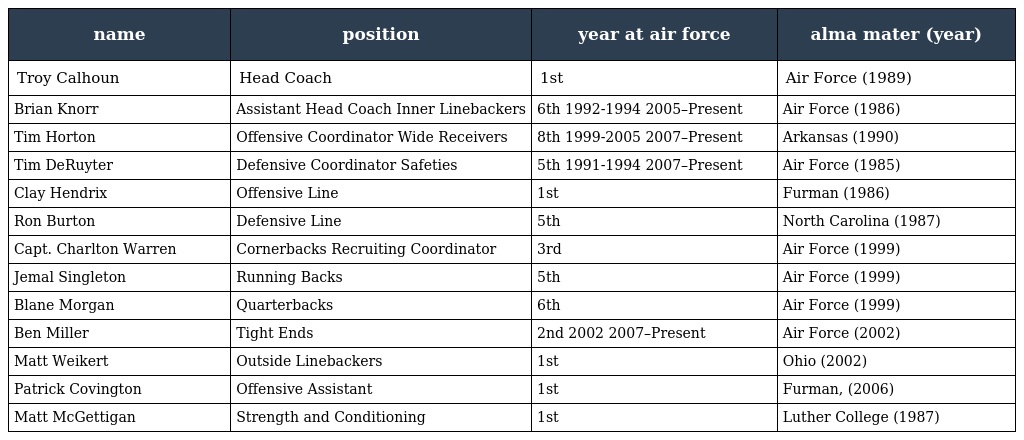
| name | position | year at air force | alma mater (year) |
 | --- | --- | --- | --- |
 | Troy Calhoun | Head Coach | 1st | Air Force (1989) |
 | Brian Knorr | Assistant Head Coach Inner Linebackers | 6th 1992-1994 2005–Present | Air Force (1986) |
 | Tim Horton | Offensive Coordinator Wide Receivers | 8th 1999-2005 2007–Present | Arkansas (1990) |
 | Tim DeRuyter | Defensive Coordinator Safeties | 5th 1991-1994 2007–Present | Air Force (1985) |
 | Clay Hendrix | Offensive Line | 1st | Furman (1986) |
 | Ron Burton | Defensive Line | 5th | North Carolina (1987) |
 | Capt. Charlton Warren | Cornerbacks Recruiting Coordinator | 3rd | Air Force (1999) |
 | Jemal Singleton | Running Backs | 5th | Air Force (1999) |
 | Blane Morgan | Quarterbacks | 6th | Air Force (1999) |
 | Ben Miller | Tight Ends | 2nd 2002 2007–Present | Air Force (2002) |
 | Matt Weikert | Outside Linebackers | 1st | Ohio (2002) |
 | Patrick Covington | Offensive Assistant | 1st | Furman, (2006) |
 | Matt McGettigan | Strength and Conditioning | 1st | Luther College (1987) |